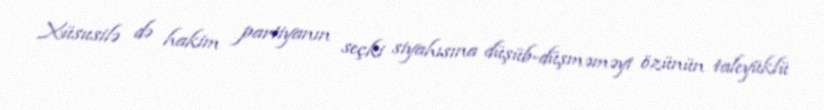
Xüsusilə də hakim partiyanın seçki siyahısına düşüb-düşməməyi özünün taleyüklü